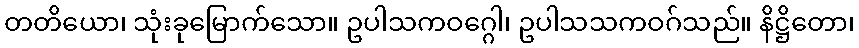
တတိယော၊ သုံးခုမြောက်သော။ ဥပါသကဝဂ္ဂေါ၊ ဥပါသသကဝဂ်သည်။ နိဋ္ဌိတော၊